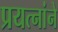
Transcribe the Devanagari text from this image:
प्रयत्नांने